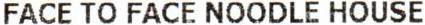
FACE TO FACE NOODLE HOUSE